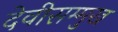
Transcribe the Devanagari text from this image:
देवीसम्मुख